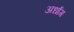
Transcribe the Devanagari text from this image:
अर्धाग